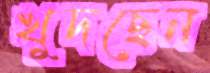
খুদছেন